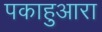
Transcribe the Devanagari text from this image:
पकाहुआरा